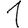
Digit: 1